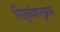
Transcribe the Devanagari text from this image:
पितृवंशानुक्रम